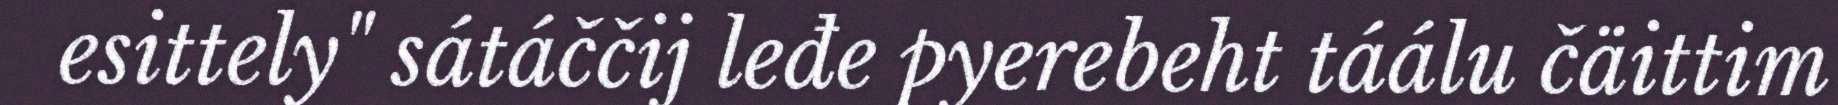
esittely" sátáččij leđe pyerebeht táálu čäittim